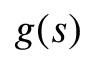
g ( s )